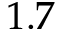
1 . 7